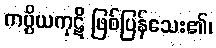
ကပ္ပိယကုဋိ ဖြစ်ပြန်သေး၏၊